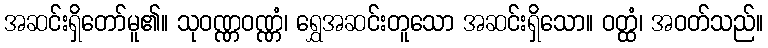
အဆင်းရှိတော်မူ၏။ သုဝဏ္ဏဝဏ္ဏံ၊ ရွှေအဆင်းတူသော အဆင်းရှိသော။ ဝတ္ထံ၊ အဝတ်သည်။